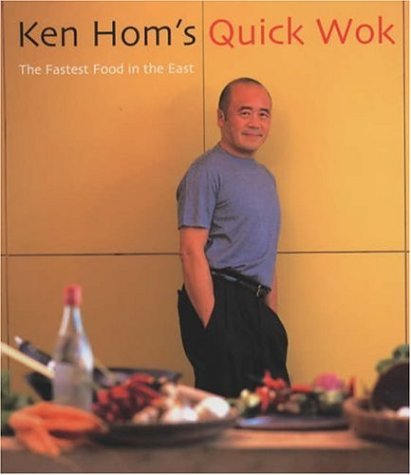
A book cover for Ken Hom's Quick Wok: The Fastest Food in the East; Ken Hom; Cookbooks, Food & Wine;